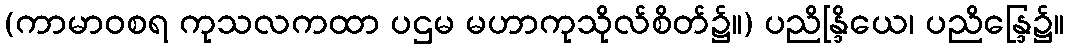
(ကာမာဝစရ ကုသလကထာ ပဌမ မဟာကုသိုလ်စိတ်၌။) ပညိန္ဒြိယေ၊ ပညိန္ဒြေ၌။